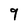
Character: 9